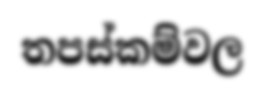
තපස්කම්වල